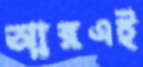
আরএই